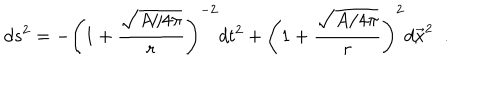
d s ^ { 2 } = - \left( 1 + { \frac { \sqrt { A / 4 \pi } } { r } } \right) ^ { - 2 } d t ^ { 2 } + \left( 1 + { \frac { \sqrt { A / 4 \pi } } { r } } \right) ^ { 2 } d \vec { x } ^ { 2 } \; \; .